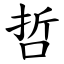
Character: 哲